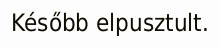
Később elpusztult.